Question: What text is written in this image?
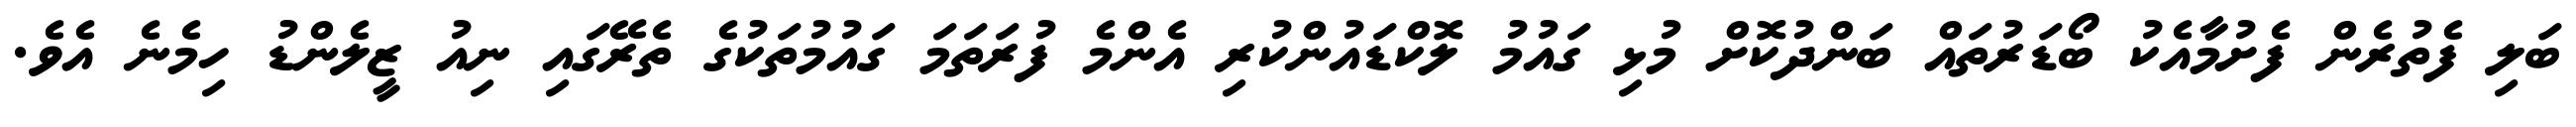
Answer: ބަލި ފެތުރެން ފެށުމާއެކު ބޯޑަރުތައް ބަންދުކޮށް މުޅި ގައުމު ލޮކްޑައުންކުރި އެންމެ ފުރަތަމަ ގައުމުތަކުގެ ތެރޭގައި ނިއު ޒީލެންޑު ހިމެނެ އެވެ.